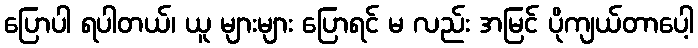
ပြောပါ ရပါတယ်၊ ယူ များများ ပြောရင် မ လည်း အမြင် ပိုကျယ်တာပေါ့